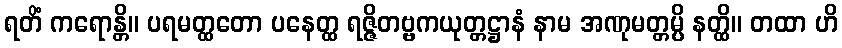
ရတိံ ကရောန္တိ။ ပရမတ္ထတော ပနေတ္ထ ရဇ္ဇိတဗ္ဗကယုတ္တဋ္ဌာနံ နာမ အဏုမတ္တမ္ပိ နတ္ထိ။ တထာ ဟိ